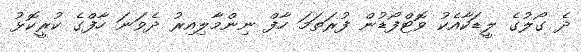
ދެ ގޯލުގެ ލީޑަކާއެކު ވޮޓްފޯޯޑުން ފުރަތަމަ ހާފް ނިންމާލިއިރު ދެވަނަ ހާފްގެ ކުރީކޮޅު